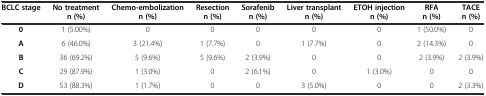
<table><thead><tr><td><b>BCLC stage</b></td><td><b>No treatment n (%)</b></td><td><b>Chemo-embolization n (%)</b></td><td><b>Resection n (%)</b></td><td><b>Sorafenib n (%)</b></td><td><b>Liver transplant n (%)</b></td><td><b>ETOH injection n (%)</b></td><td><b>RFA n (%)</b></td><td><b>TACE n (%)</b></td></tr></thead><tbody><tr><td><b>0</b></td><td>1 (5.00%)</td><td>0</td><td>0</td><td>0</td><td>0</td><td>0</td><td>1 (50.0%)</td><td>0</td></tr><tr><td><b>A</b></td><td>6 (46.0%)</td><td>3 (21.4%)</td><td>1 (7.7%)</td><td>0</td><td>1 (7.7%)</td><td>0</td><td>2 (14.3%)</td><td>0</td></tr><tr><td><b>B</b></td><td>36 (69.2%)</td><td>5 (9.6%)</td><td>5 (9.6%)</td><td>2 (3.9%)</td><td>0</td><td>0</td><td>2 (3.9%)</td><td>2 (3.9%)</td></tr><tr><td><b>C</b></td><td>29 (87.9%)</td><td>1 (3.0%)</td><td>0</td><td>2 (6.1%)</td><td>0</td><td>1 (3.0%)</td><td>0</td><td>0</td></tr><tr><td><b>D</b></td><td>53 (88.3%)</td><td>1 (1.7%)</td><td>0</td><td>0</td><td>3 (5.0%)</td><td>0</td><td>0</td><td>2 (3.3%)</td></tr></tbody></table>